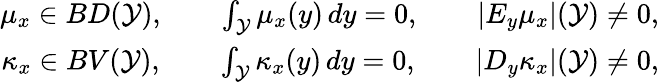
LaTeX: \begin{array}{r}{\mu_{x}\in BD(\mathcal{Y}),\qquad\int_{\mathcal{Y}}\mu_{x}(y)\, dy=0,\qquad|E_{y}\mu_{x}|(\mathcal{Y})\neq 0,}\\ {\kappa_{x}\in BV(\mathcal{Y}),\qquad\int_{\mathcal{Y}}\kappa_{x}(y)\, dy=0,\qquad|D_{y}\kappa_{x}|(\mathcal{Y})\neq 0,}\end{array}